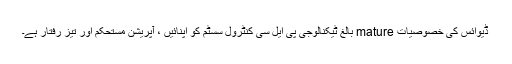
ڈیوائس کی خصوصیات mature بالغ ٹیکنالوجی پی ایل سی کنٹرول سسٹم کو اپنائیں ، آپریشن مستحکم اور تیز رفتار ہے۔